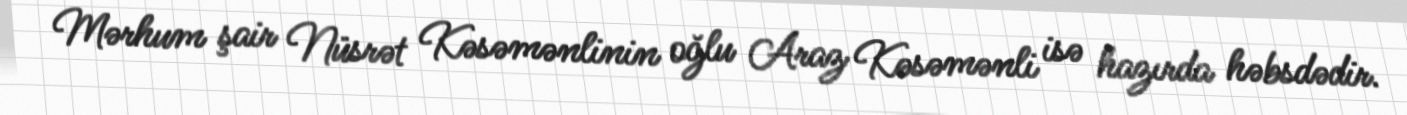
Mərhum şair Nüsrət Kəsəmənlinin oğlu Araz Kəsəmənli isə hazırda həbsdədir.